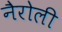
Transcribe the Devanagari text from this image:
नैरोली